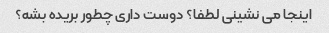
اینجا می نشینی لطفا؟ دوست داری چطور بریده بشه؟